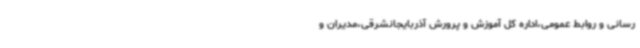
رسانی و روابط عمومی،اداره کل آموزش و پرورش آذربایجانشرقی،مدیران و